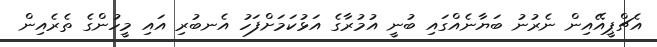
އެޗްޕީއޭއިން ނެރުނު ބަޔާނެއްގައި ބުނީ އުމުރާގެ އަޅުކަމަށްފަހު އެނބުރި އައި މީހުންގެ ތެރެއިން